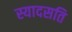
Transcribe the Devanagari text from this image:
स्यादसति